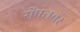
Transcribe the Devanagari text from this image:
सेपत्म्बर